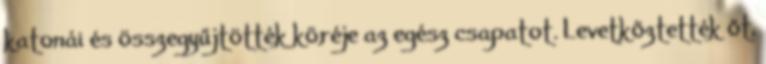
katonái és összegyűjtötték köréje az egész csapatot. Levetkőztették őt,